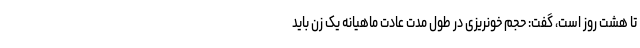
تا هشت روز است، گفت: حجم خونریزی در طول مدت عادت ماهیانه یک زن باید